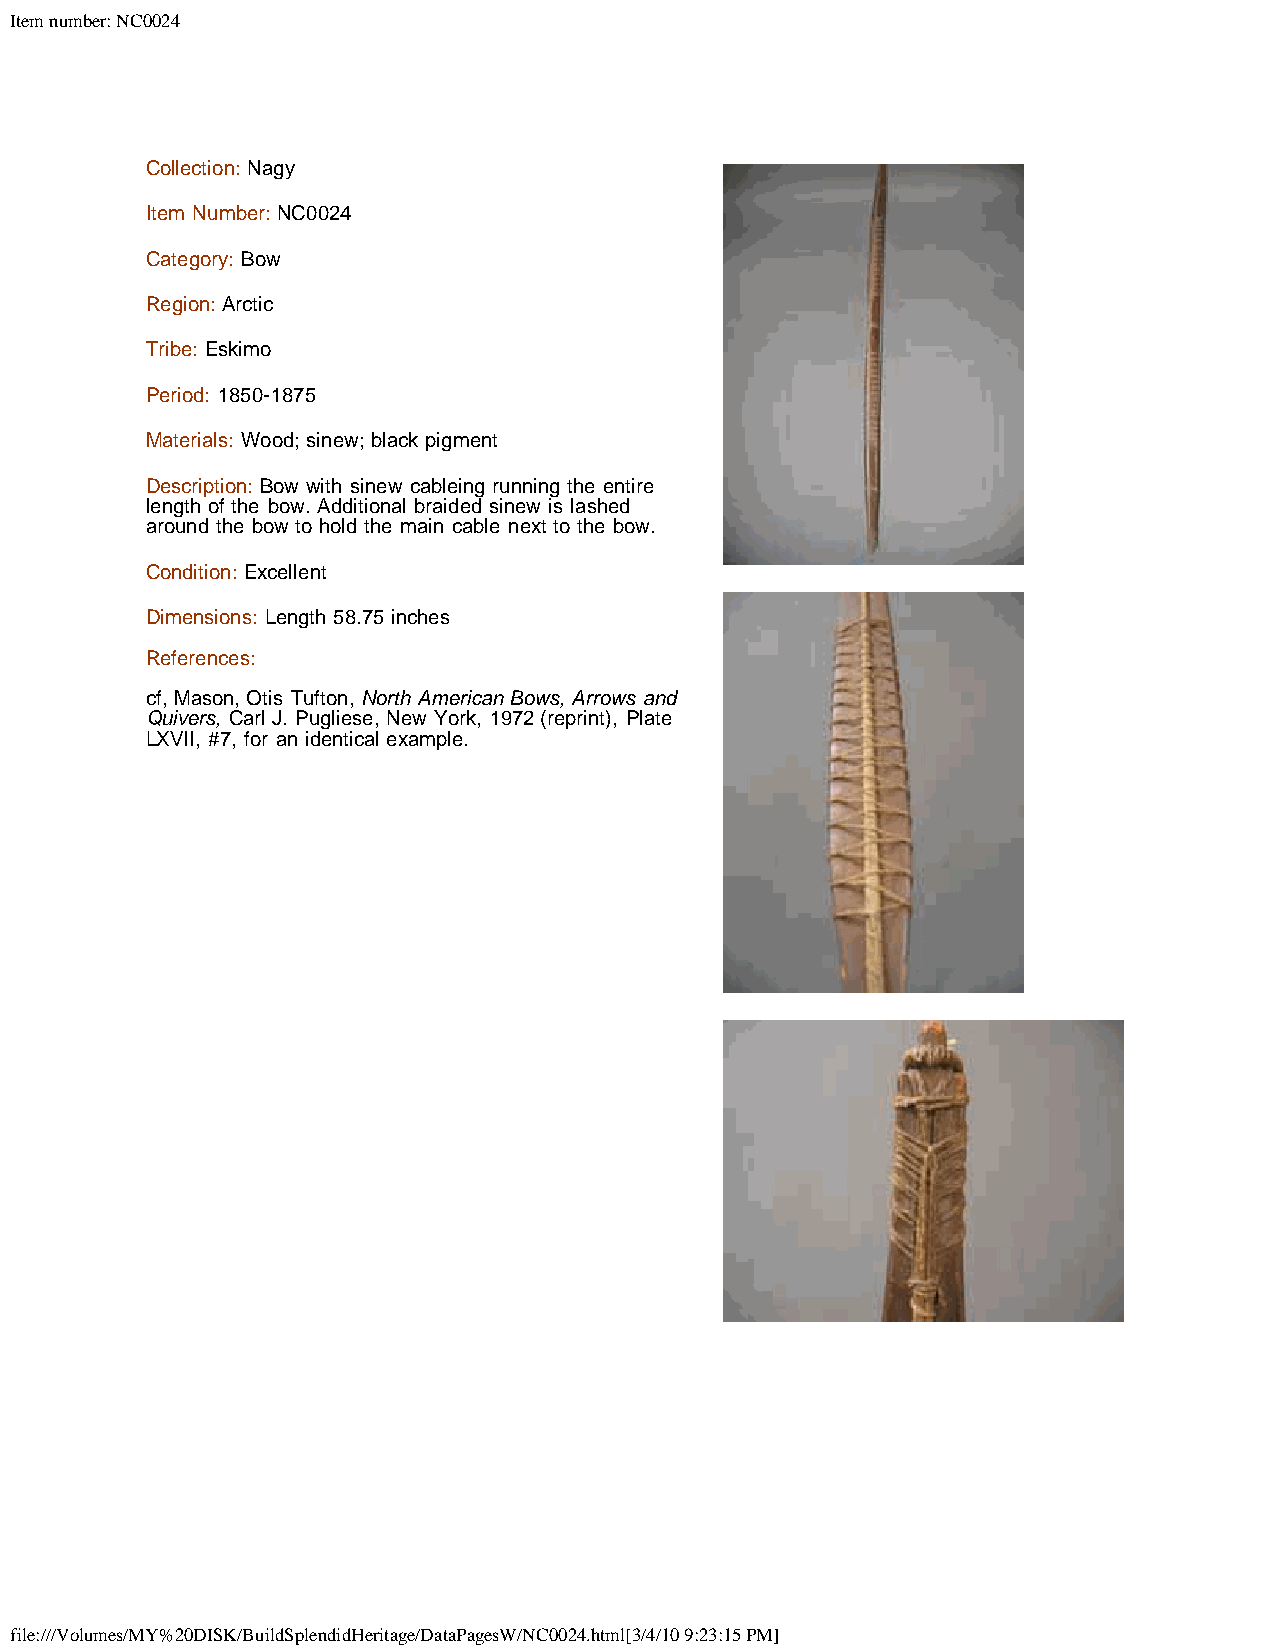
Item number: NC0024
 Collection: Nagy
 Item Number: NC0024
 Category: Bow
 Region: Arctic
 Tribe: Eskimo
 Period: 1850-1875
 Materials: Wood; sinew; black pigment
 Description: Bow with sinew cableing running the entire
 length of the bow. Additional braided sinew is lashed
 around the bow to hold the main cable next to the bow.
 Condition: Excellent
 Dimensions: Length 58.75 inches
 References:
 cf, Mason, Otis Tufton, North American Bows, Arrows and
 Quivers, Carl J. Pugliese, New York, 1972 (reprint), Plate
 LXVII, #7, for an identical example.
 file:///Volumes/MY%20DISK/BuildSplendidHeritage/DataPagesW/NC0024.html[3/4/10 9:23:15 PM]